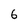
Character: 6